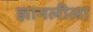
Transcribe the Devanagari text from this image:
ज्ञानलीला